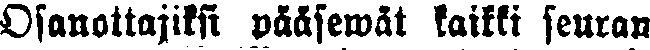
Osanottajiksi pääsewät kaikki seuran